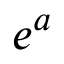
e ^ { a }